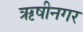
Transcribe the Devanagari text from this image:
ऋषीनगर